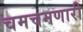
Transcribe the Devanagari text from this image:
चमचमणारी